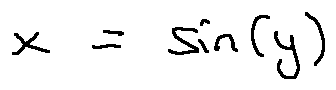
x = \sin ( y )